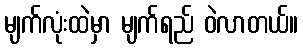
မျက်လုံးထဲမှာ မျက်ရည် ဝဲလာတယ်။